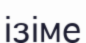
ізіме